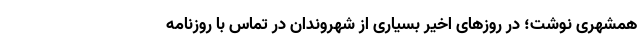
همشهری نوشت؛ در روزهای اخیر بسیاری از شهروندان در تماس با روزنامه